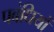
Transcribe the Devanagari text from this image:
पबंधियों